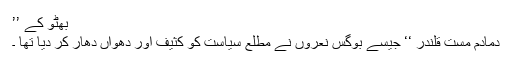
بھٹو کے ’’
دمادم مست قلندر ‘‘ جیسے بوگس نعروں نے مطلع سیاست کو کثیف اور دھواں دھار کر دیا تھا ۔